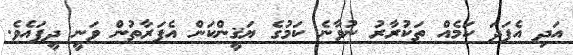
އަދި އެފަދަ ކަމެއް ތަކުރާރު ނުވާނެ ކަމުގެ ޔަޤީންކަން އެފަރާތުން ވަނީ ދީފައެވެ.